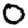
Digit: 0